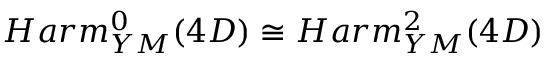
H a r m _ { Y M } ^ { 0 } ( 4 D ) \cong H a r m _ { Y M } ^ { 2 } ( 4 D )